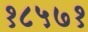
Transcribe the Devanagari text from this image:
१८५७१